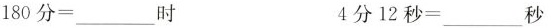
80分=___时 4分12秒=___秒